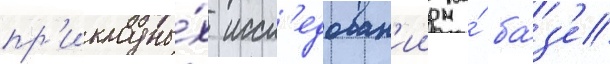
пр'икладны́х иссл'едован'ии на́ ба́з'е